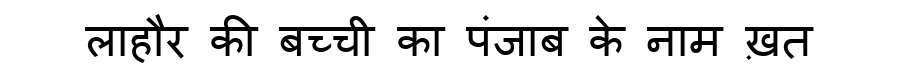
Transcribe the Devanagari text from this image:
लाहौर की बच्ची का पंजाब के नाम ख़त